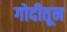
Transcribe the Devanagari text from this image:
गोदीतून